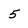
Character: 5